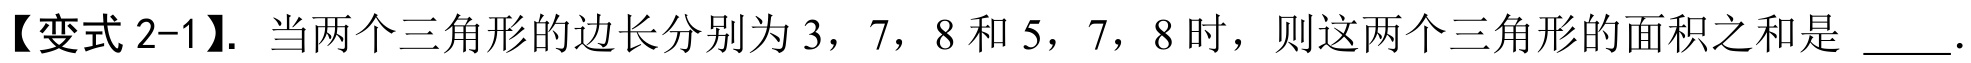
【变式 2-1】. 当两个三角形的边长分别为 3，7，8 和 5，7，8 时，则这两个三角形的面积之和是  ．